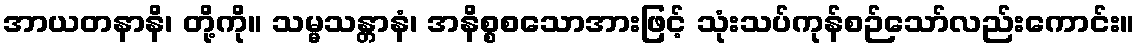
အာယတနာနိ၊ တို့ကို။ သမ္မသန္တာနံ၊ အနိစ္စစသောအားဖြင့် သုံးသပ်ကုန်စဉ်သော်လည်းကောင်း။